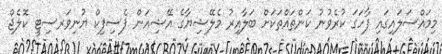
މިމައްސަލައިގައި ފާހަގަ ކުރެވުނު ކަންތައްތަކަށް ބަލާއިރު މެލޭޝިޔާގެ އޭޝިއަން ޕެސިފިކް ޔުނިވަރސިޓީ ކޮލެޖް